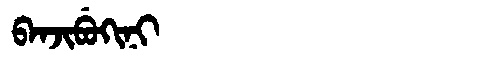
Manchu: ᠪᠠᠨᠵᡳᠪᡠᡴᡳᠨᡳ
Romanization: BANJIBUKINI